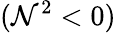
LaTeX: (\mathcal{N}^{2}<0)